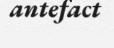
antefact